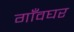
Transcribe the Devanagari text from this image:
गाँवघर